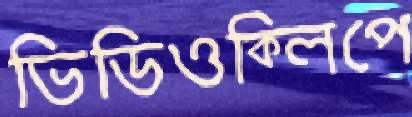
ভিডিওক্লিপে